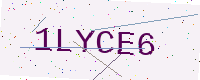
Text: 1LYCE6